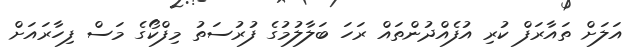
އަލަށް ތައާރަފް ކުރި އުފެއްދުންތައް ރަހަ ބަލާލުމުގެ ފުރުސަތު މިފްކޯގެ މަސް ފިހާރައަށް